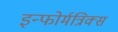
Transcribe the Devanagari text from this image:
इन्फोर्मत्रिक्स